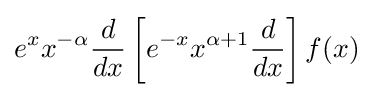
e^{x}x^{-\alpha }{\frac {d}{dx}}\left[e^{-x}x^{\alpha +1}{\frac {d}{dx}}\right]f(x)